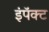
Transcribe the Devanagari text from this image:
इंपॅक्ट